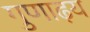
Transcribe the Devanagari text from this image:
गुणाढ़य